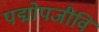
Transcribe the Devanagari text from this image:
पद्मोपजीवि